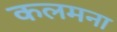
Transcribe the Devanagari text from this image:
कलमना